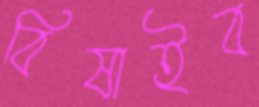
বিষাইব